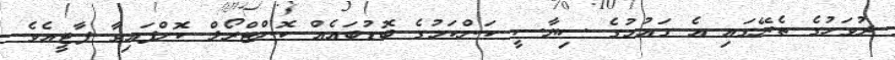
ދުވަހުގެ ތެރޭގައި އެ ގައުމުގެ ސިޔާސީ ކަންކަމުގެ ބޮޑުބައެއް ކޮންޓްރޯލް ކޮށްފައިވާ ޕާޓީއެވެ.